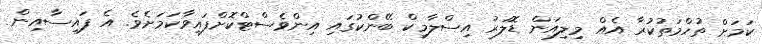
ކަމަށް ތުހްމަތުކުރާ އެއް މިލިއަން ޑޮލަރު އިސްލާމިކް ބޭންކުގައި އިންވެސްޓްކޮށްފައިވާކަމަށެވެ. އެ ފައިސާއިން